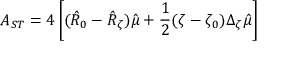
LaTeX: A _ { S T } = 4 \left[ ( \hat { R } _ { 0 } - \hat { R } _ { \zeta } ) \hat { \mu } + \frac { 1 } { 2 } ( \zeta - \zeta _ { 0 } ) \Delta _ { \zeta } \hat { \mu } \right]